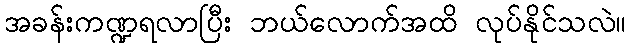
အခန်းကဏ္ဍရလာပြီး ဘယ်လောက်အထိ လုပ်နိုင်သလဲ။